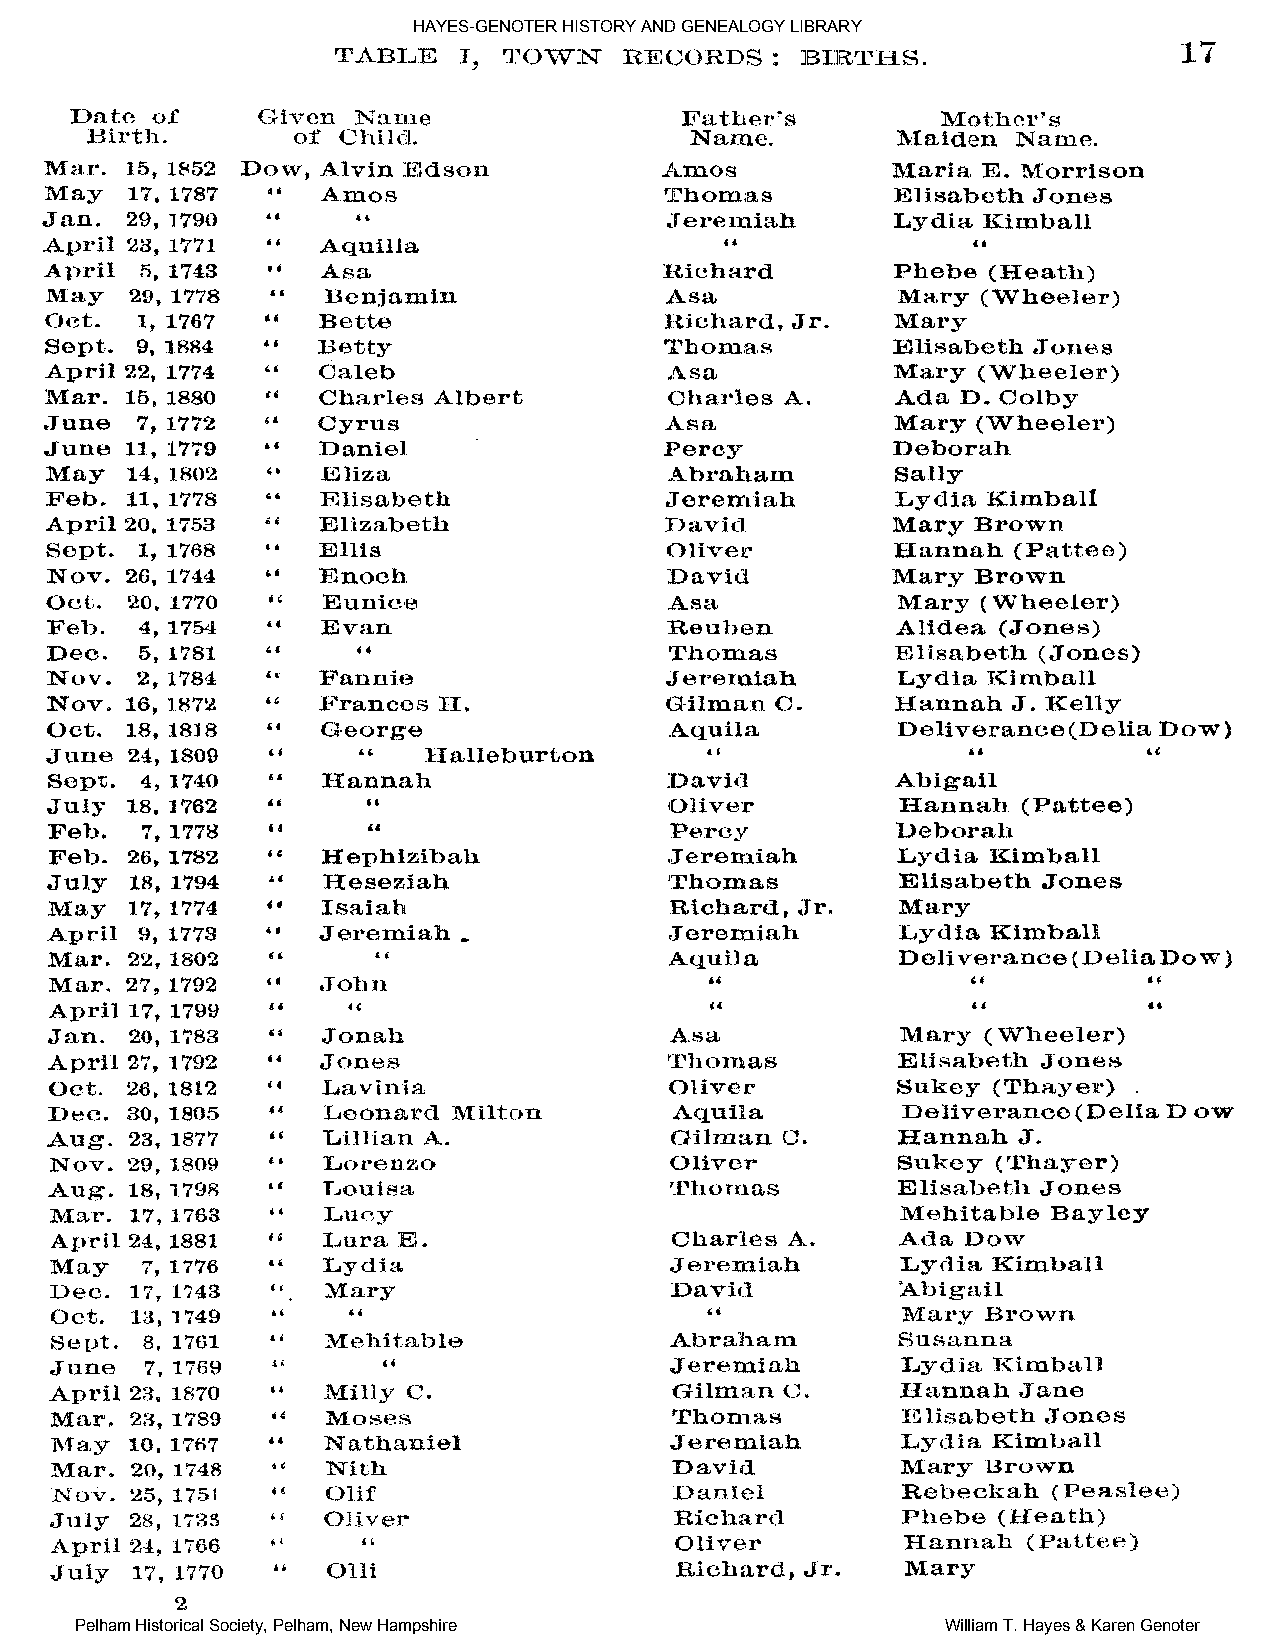
HAYES-GENOTER HISTORY AND GENEALOGY LIBRARY
 Pelham Historical Society, Pelham, New Hampshire          William T. Hayes & Karen Genoter